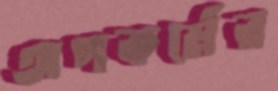
অপকর্মের